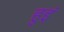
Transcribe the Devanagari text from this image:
हुइं